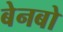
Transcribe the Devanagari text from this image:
बेनबो